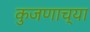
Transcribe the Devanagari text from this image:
कुजणाच्या